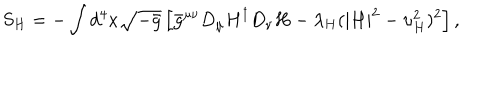
S _ { H } = - \int d ^ { 4 } x \sqrt { - \bar { g } } \left[ \bar { g } ^ { \mu \nu } D _ { \mu } H ^ { \dagger } D _ { \nu } H - \lambda _ { H } ( | H | ^ { 2 } - \upsilon _ { H } ^ { 2 } ) ^ { 2 } \right] ,